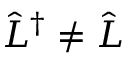
\hat { L } ^ { \dagger } \neq \hat { L }